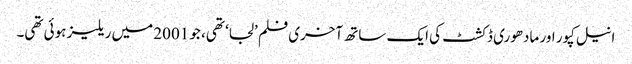
انیل کپور اور مادھوری ڈکشٹ کی ایک ساتھ آخری فلم ’لجا‘ تھی، جو 2001 میں ریلیز ہوئی تھی۔